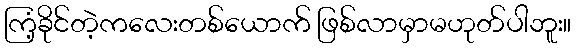
ကြံ့ခိုင်တဲ့ကလေးတစ်ယောက် ဖြစ်လာမှာမဟုတ်ပါဘူး။